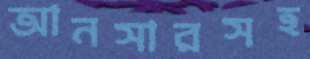
আনসারসহ